Civil Veterinary Department. United Provinces 1912-22 - 1912-1922
Year: 1912
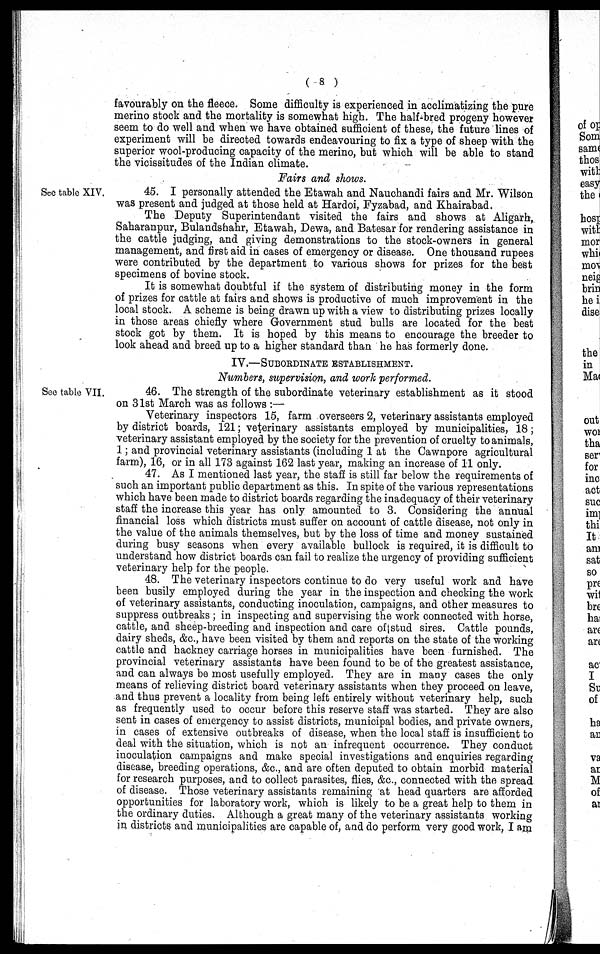
( 8 )
favourably on the fleece. Some difficulty is experienced in acclimatizing the pure
merino stock and the mortality is somewhat high. The half-bred progeny however
seem to do well and when we have obtained sufficient of these, the future lines of
experiment will be directed towards endeavouring to fix a type of sheep with the
superior wool-producing capacity of the merino, but which will be able to stand
the vicissitudes of the Indian climate.
Fairs and shows.
See table XIV.
45. I personally attended the Etawah and Nauchandi fairs and Mr. Wilson
was present and judged at those held at Hardoi, Fyzabad, and Khairabad.
The Deputy Superintendant visited the fairs and shows at Aligarh,
Saharanpur, Bulandshahr, Etawah, Dewa, and Batesar for rendering assistance in
the cattle judging, and giving demonstrations to the stock-owners in general
management, and first aid in cases of emergency or disease. One thousand rupees
were contributed by the department to various shows for prizes for the best
specimens of bovine stock.
It is somewhat doubtful if the system of distributing money in the form
of prizes for cattle at fairs and shows is productive of much improvement in the
local stock. A scheme is being drawn up with a view to distributing prizes locally
in those areas chiefly where Government stud bulls are located for the best
stock got by them. It is hoped by this means to encourage the breeder to
look ahead and breed up to a higher standard than he has formerly done.
IV.—SUBORDINATE ESTABLISHMENT.
Numbers, supervision, and work performed.
See table VII.
46. The strength of the subordinate veterinary establishment as it stood
on 31st March was as follows:—
Veterinary inspectors 15, farm overseers 2, veterinary assistants employed
by district boards, 121; veterinary assistants employed by municipalities, 18;
veterinary assistant employed by the society for the prevention of cruelty to animals,
1; and provincial veterinary assistants (including 1 at the Cawnpore agricultural
farm), 16, or in all 173 against 162 last year, making an increase of 11 only.
47. As I mentioned last year, the staff is still far below the requirements of
such an important public department as this. In spite of the various representations
which have been made to district boards regarding the inadequacy of their veterinary
staff the increase this year has only amounted to 3. Considering the annual
financial loss which districts must suffer on account of cattle disease, not only in
the value of the animals themselves, but by the loss of time and money sustained
during busy seasons when every available bullock is required, it is difficult to
understand how district boards can fail to realize the urgency of providing sufficient
veterinary help for the people.
48. The veterinary inspectors continue to do very useful work and have
been busily employed during the year in the inspection and checking the work
of veterinary assistants, conducting inoculation, campaigns, and other measures to
suppress outbreaks; in inspecting and supervising the work connected with horse,
cattle, and sheep-breeding and inspection and care of stud sires. Cattle pounds,
dairy sheds, &c., have been visited by them and reports on the state of the working
cattle and hackney carriage horses in municipalities have been furnished. The
provincial veterinary assistants have been found to be of the greatest assistance,
and can always be most usefully employed. They are in many cases the only
means of relieving district board veterinary assistants when they proceed on leave,
and thus prevent a locality from being left entirely without veterinary help, such
as frequently used to occur before this reserve staff was started. They are also
sent in cases of emergency to assist districts, municipal bodies, and private owners,
in cases of extensive outbreaks of disease, when the local staff is insufficient to
deal with the situation, which is not an infrequent occurrence. They conduct
inoculation campaigns and make special investigations and enquiries regarding
disease, breeding operations, &c., and are often deputed to obtain morbid material
for research purposes, and to collect parasites, flies, &c., connected with the spread
of disease. Those veterinary assistants remaining at head quarters are afforded
opportunities for laboratory work, which is likely to be a great help to them in
the ordinary duties. Although a great many of the veterinary assistants working
in districts and municipalities are capable of, and do perform very good work, I am